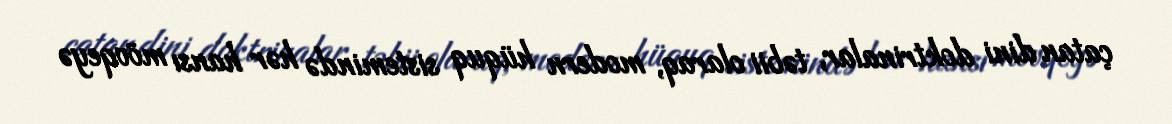
çatan dini doktrinalar, təbii olaraq, modern hüquq sistemində hər hansı mövqeyə